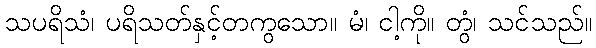
သပရိသံ၊ ပရိသတ်နှင့်တကွသော။ မံ၊ ငါ့ကို။ တွံ၊ သင်သည်။